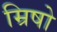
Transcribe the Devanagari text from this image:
म्रिषो